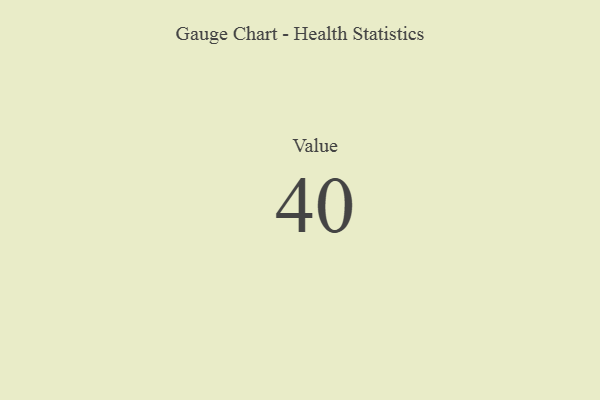
{"axis": {"x": "Metric", "y": "Value"}, "legend": [""], "data": [{"x": "Value", "y": 40, "type": ""}]}